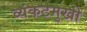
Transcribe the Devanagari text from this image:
व्यंकटमुखी